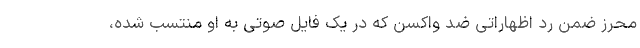
محرز ضمن رد اظهاراتی ضد واکسن که در یک فایل صوتی به او منتسب شده،